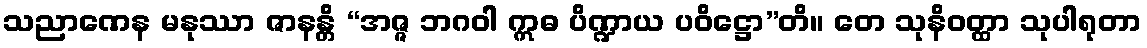
သညာဏေန မနုဿာ ဇာနန္တိ “အဇ္ဇ ဘဂဝါ ဣဓ ပိဏ္ဍာယ ပဝိဋ္ဌော”တိ။ တေ သုနိဝတ္ထာ သုပါရုတာ